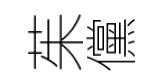
茱儻